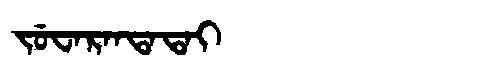
Manchu: ᠵᡠᠸᠠᡵᠠᠨᡨᠠᡨᠠᡳ
Romanization: JUWARANTATAI